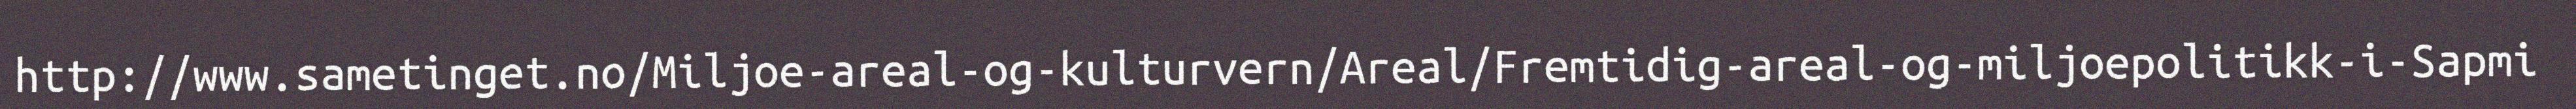
http://www.sametinget.no/Miljoe-areal-og-kulturvern/Areal/Fremtidig-areal-og-miljoepolitikk-i-Sapmi